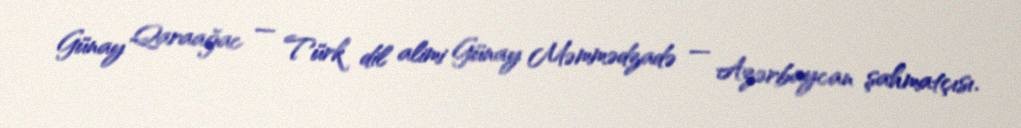
Günay Qaraağac — Türk dil alimi Günay Məmmədzadə — Azərbaycan şahmatçısı.